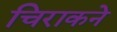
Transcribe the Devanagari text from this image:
चिराकने